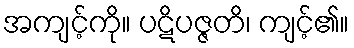
အကျင့်ကို။ ပဋိပဇ္ဇတိ၊ ကျင့်၏။